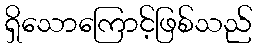
ရှိသောကြောင့်ဖြစ်သည်